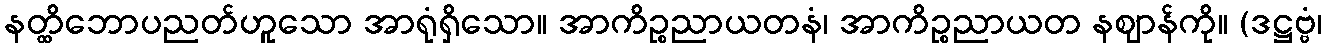
နတ္ထိဘောပညတ်ဟူသော အာရုံရှိသော။ အာကိဉ္စညာယတနံ၊ အာကိဉ္စညာယတ နဈာန်ကို။ (ဒဋ္ဌဗ္ဗံ၊